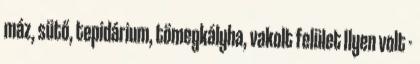
máz, sütő, tepidárium, tömegkályha, vakolt felület Ilyen volt -